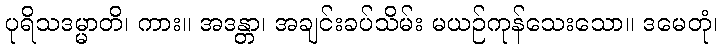
ပုရိသဒမ္မာတိ၊ ကား။ အဒန္တာ၊ အချင်းခပ်သိမ်း မယဉ်ကုန်သေးသော။ ဒမေတုံ၊